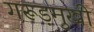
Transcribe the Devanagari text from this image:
गरूड़मुखी